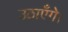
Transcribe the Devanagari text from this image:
उठाएँगे।